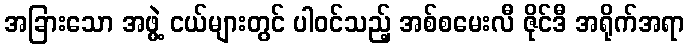
အခြားသော အဖွဲ့ ငယ်များတွင် ပါဝင်သည့် အစ်စမေးလီ ဇိုင်ဒီ အရိုက်အရာ